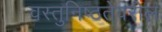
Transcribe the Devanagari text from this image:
वस्तुनिष्ठतेवरील